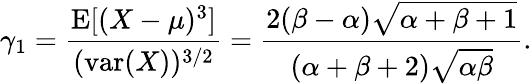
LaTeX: \gamma_{1}={\frac{\operatorname{E}[(X-\mu)^{3}]}{(\operatorname{var}(X))^{3/2}}}={\frac{2(\beta-\alpha){\sqrt{\alpha+\beta+1}}}{(\alpha+\beta+2){\sqrt{\alpha\beta}}}}.